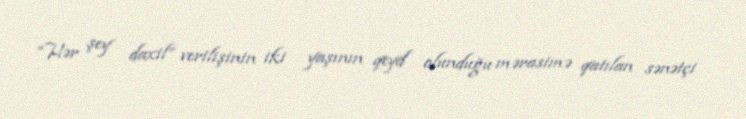
“Hər şey daxil” verilişinin iki yaşının qeyd olunduğu mərasimə qatılan sənətçi